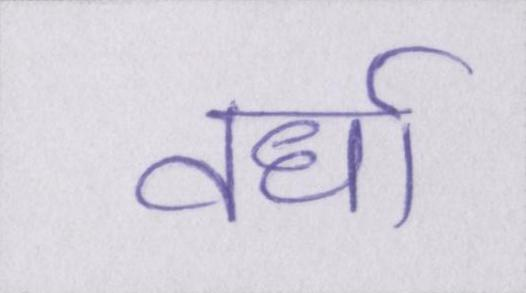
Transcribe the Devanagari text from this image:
वर्धा